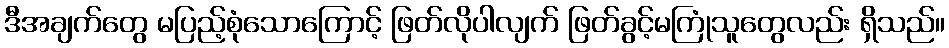
ဒီအချက်တွေ မပြည့်စုံသောကြောင့် ဖြတ်လိုပါလျက် ဖြတ်ခွင့်မကြုံသူတွေလည်း ရှိသည်။